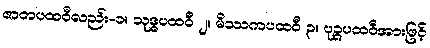
ဇာတပထဝီလည်း-၁။ သုဒ္ဓပထဝီ ၂။ မိဿကပထဝီ ၃။ ပုဉ္ဇပထဝီအားဖြင့်